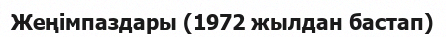
Жеңімпаздары (1972 жылдан бастап)